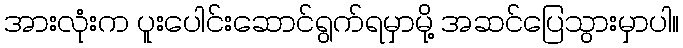
အားလုံးက ပူးပေါင်းဆောင်ရွက်ရမှာမို့ အဆင်ပြေသွားမှာပါ။